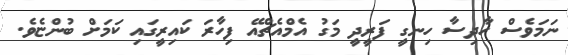
ނަަމަވެސް ހާދިސާ ހިނގީ ފަރީދީ މަގު އެމްއެޗްއޭ ފިހާރަ ކައިރީގައި ކަމަށް ބުންޏެވެ.